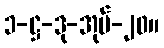
၁-ဋ္ဌ-ဒု-အုပ်-၂၀။